Lunatic asylums Madras 1877-1891 - 1877-1891
Year: 1877
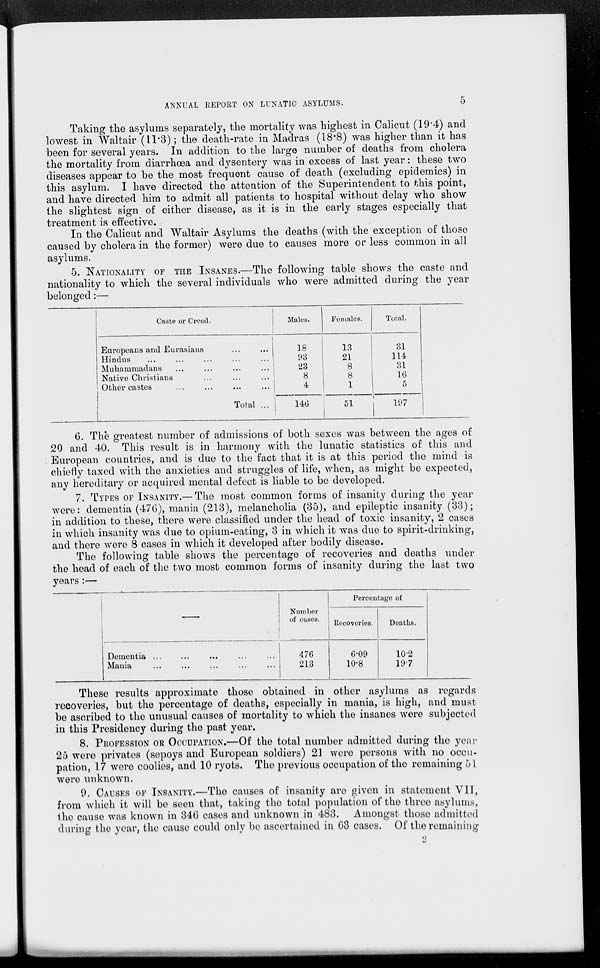
ANNUAL REPORT ON LUNATIC ASYLUMS.
5
Taking the asylums separately, the mortality was highest in Calicut (19.4) and
lowest in Waltair (11.3); the death-rate in Madras (18.8) was higher than it has
been for several years. In addition to the large number of deaths from cholera
the mortality from diarrhœa and dysentery was in excess of last year: these two
diseases appear to be the most frequent cause of death (excluding epidemics) in
this asylum. I have directed the attention of the Superintendent to this point,
and have directed him to admit all patients to hospital without delay who show
the slightest sign of either disease, as it is in the early stages especially that
treatment is effective.
In the Calicut and Waltair Asylums the deaths (with the exception of those
caused by cholera in the former) were due to causes more or less common in all
asylums.
5. NATIONALITY OF THE INSANES.—The following table shows the caste and
nationality to which the several individuals who were admitted during the year
belonged:—
Caste or Creed.
Europeans and Eurasians ... ...
Hindus ... ... ... ... ...
Muhammadans ... ... ... ...
Native Christians ... ... ...
Other castes ... ... ... ...
Total ...
Males.
18
93
23
8
4
146
Females.
13
21
8
8
1
51
Total.
31
114
31
16
5
197
6. The greatest number of admissions of both sexes was between the ages of
20 and 40. This result is in harmony with the lunatic statistics of this and
European countries, and is due to the fact that it is at this period the mind is
chiefly taxed with the anxieties and struggles of life, when, as might be expected,
any hereditary or acquired mental defect is liable to be developed.
7. TYPES OF INSANITY.— The most common forms of insanity during the year
were: dementia (476), mania (213), melancholia (35), and epileptic insanity (33);
in addition to these, there were classified under the head of toxic insanity, 2 cases
in which insanity was due to opium-eating, 3 in which it was due to spirit-drinking,
and there were 8 cases in which it developed after bodily disease.
The following table shows the percentage of recoveries and deaths under
the head of each of the two most common forms of insanity during the last two
years:—
—
Dementia ... ... ... ... ...
Mania
...
...
...
...
...
Number
of cases.
476
213
Percentage of
Recoveries.
6.09
10.8
Deaths.
10.2
19.7
These results approximate those obtained in other asylums as regards
recoveries, but the percentage of deaths, especially in mania, is high, and must
be ascribed to the unusual causes of mortality to which the insanes were subjected
in this Presidency during the past year.
8. PROFESSION OR OCCUPATION.—Of the total number admitted during the year
25 were privates (sepoys and European soldiers) 21 were persons with no occu-
pation, 17 were coolies, and 10 ryots. The previous occupation of the remaining 51
were unknown.
9. CAUSES OF INSANITY.—The causes of insanity are given in statement VII,
from which it will be seen that, taking the total population of the three asylums,
the cause was known in 346 cases and unknown in 483. Amongst those admitted
during the year, the cause could only be ascertained in 63 cases. Of the remaining
2